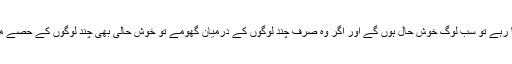
سرمایہ کی گردش اگر اس طرح ہو کہ وہ ہر طبقہ کے لوگوں تک پہنچتا رہے تو سب لوگ خوش حال ہوں گے اور اگر وہ صرف چند لوگوں کے درمیان گھومے تو خوش حالی بھی چند لوگوں کے حصے میں آئے گی اور بقیہ لوگ بدحالی کی زندگی گزارنے پر مجبور ہوں گے۔